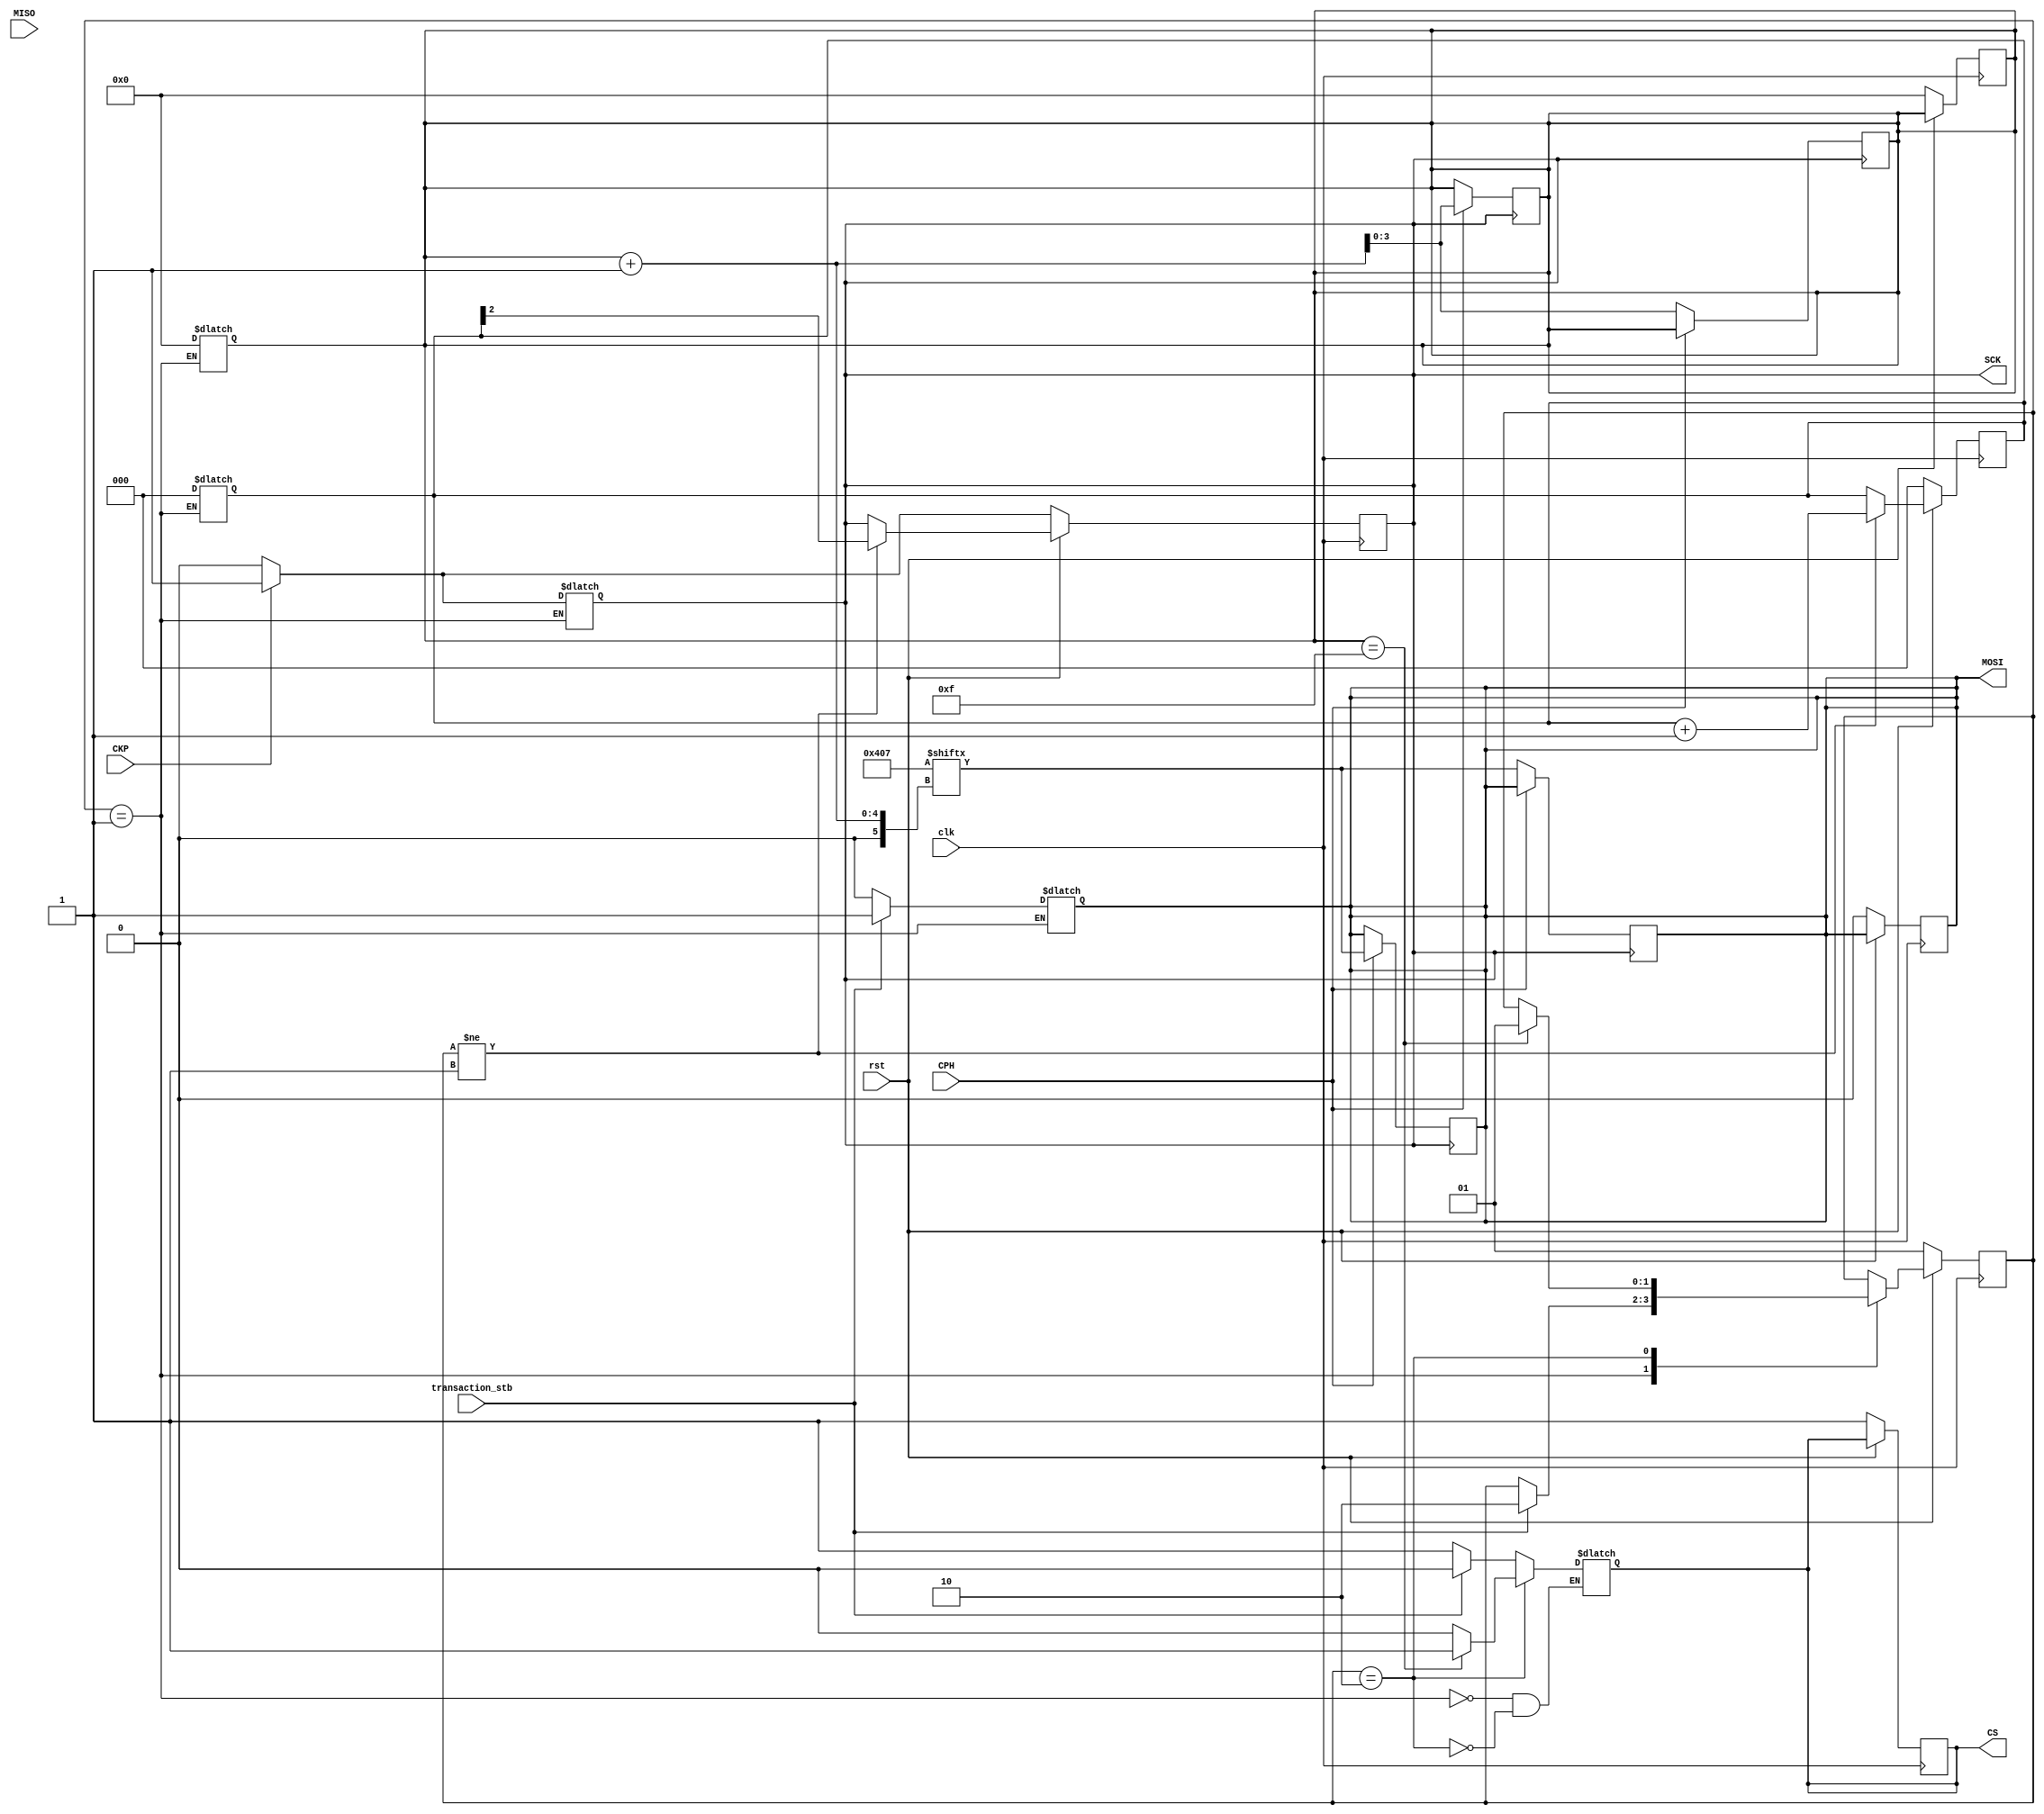
/*
Contenido: Modulo master para protocolo SPI
Desarrollador: Jorge Meneses Garro
Tarea 4 - IE0523 Circuitos Digitales II

*/

module SPIMaster(
    // Inputs
    input wire transaction_stb, clk, rst, CKP, CPH, MISO,
    // Outputs
    output reg MOSI, CS, SCK
);

// Variables intermedias
reg [1:0] state;
reg [1:0] nextstate;

reg [3:0] bitCounter;
reg [3:0] nextbitCounter;

// Estados codificados One Hot
parameter IDLE = 2'b01;
parameter TRANSACTION = 2'b10;

/* 
----------------------
Valores de transaccion
----------------------

Carne: C14742

Tercer digito = 4 = 00000100 = 0x04
Cuarto digito = 7 = 00000111 = 0x07
*/
parameter sendData = 16'b00000100_00000111; // 0x0407

// Registro de datos recibidos
reg [15:0] rcvdData;

// Contador para generar SCK
reg [2:0] clockCounter;


// Memoria de estados y salidas
always @(posedge clk) begin
    if (!rst) begin
        state        <= IDLE;      // Resetear estado
        CS           <= 1;         // Apagar chip select
        bitCounter   <= 0;         // Resetear el contador de indices
        clockCounter <= 0;         // Resetear contador de SCK
        MOSI         <= 0;         // Salida en 0
        rcvdData     <= 0;         // Resetear registro de datos
        
        // Valor de SCK en IDLE
        if (CKP) SCK = 1;
        else SCK = 0;
    end else begin
        state      <= nextstate;        // Actualizar estado
        bitCounter <= nextbitCounter;   // Actualizar contador de indices
        
        // Generar SCK solo si no se esta en IDLE
        if (state != IDLE) begin
            clockCounter <= clockCounter + 1;
            SCK <= clockCounter[2];
        end
    end
end

// CASOS MODE1 Y MODE3
always @(posedge SCK) begin
    if(CPH) begin
        rcvdData[bitCounter] <= MISO;       // Guardar datos enviados del slave por MISO
        MOSI <= sendData[bitCounter+1];     // Escribir en MOSI
        bitCounter <= bitCounter + 1;       // Aumentar contador de indices
    end
end

// CASOS MODE0 Y MODE2
always @(negedge SCK) begin
    if(!CPH) begin
        rcvdData[bitCounter] <= MISO;       // Guardar datos enviados del slave por MISO
        MOSI <= sendData[bitCounter+1];     // Escribir en MOSI
        bitCounter <= bitCounter + 1;       // Aumentar contador de indices
    end
end

// Logica combinacional
always @(*)begin
    // Completar comportamiento FFs
    nextstate = state;
    nextbitCounter = bitCounter;
    case (state)
        IDLE:
            begin
                CS = 1;                         // Chip select desactivado si master en IDLE
                bitCounter = 0;                 // Reestablecer contador de indices en 0
                clockCounter = 0;               // Reestablecer contador para SCK
                MOSI = 0;                       // MOSI inicial de 0
                rcvdData = 0;                   // Reestablecer registro de datos en 0

                // Fijar SCK segun CKP
                if (CKP) SCK = 1;
                else SCK = 0;
                if(transaction_stb) begin
                    CS = 0;                     // Activar la comunicacion por chip select
                    nextstate = TRANSACTION;    // Cambiar estado
                    MOSI = sendData[0];         // Pre-cargar el primer bit a comunicar para que sea detectable en el primer flanco
                end
            end
        TRANSACTION:
            begin
                CS = 0;                         // Mantener slaves activos

                // Acabar transaccion cuando se comunicaron todos los indices de los datos a comunicar
                if (bitCounter == 4'b1111) begin
                    nextstate = IDLE;
                    CS = 1;
                end
            end
    endcase
end

endmodule